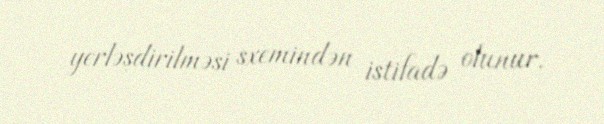
yerləşdirilməsi sxemindən istifadə olunur.